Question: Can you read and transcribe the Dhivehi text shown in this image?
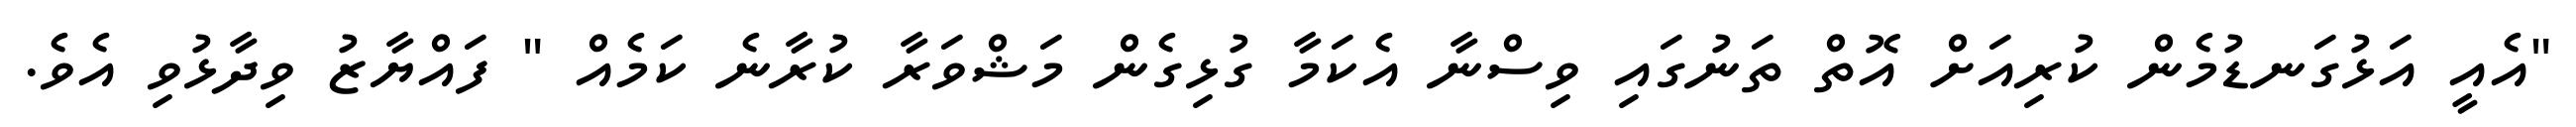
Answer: "އެއީ އަޅުގަނޑުމެން ކުރިއަށް އޮތް ތަނުގައި ވިސްނާ އެކަމާ ގުޅިގެން މަޝްވަރާ ކުރާނެ ކަމެއް " ފައްޔާޒު ވިދާޅުވި އެވެ.